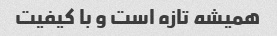
همیشه تازه است و با کیفیت